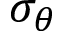
\sigma _ { \theta }